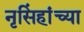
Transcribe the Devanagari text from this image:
नृसिंहांंच्या